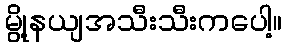
မွို့နယျအသီးသီးကပေါ့။